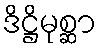
ဒိဋ္ဌိမုစ္ဆာ